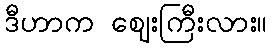
ဒီဟာက ဈေးကြီးလား။